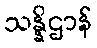
သန္နိဌာန်